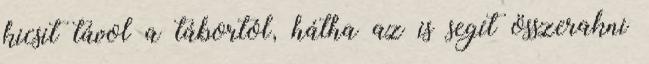
kicsit távol a tábortól, hátha az is segít összerakni